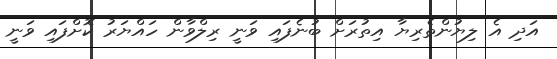
އަދި އެ ލިޔުންތެރިޔާ އިތުރަށް ބުނެފައި ވަނީ ރިލްވާން ހައްޔަރު ކޮށްފައި ވަނީ